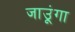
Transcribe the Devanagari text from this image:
जाउूंगा